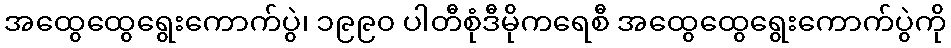
အထွေထွေရွေးကောက်ပွဲ၊ ၁၉၉၀ ပါတီစုံဒီမိုကရေစီ အထွေထွေရွေးကောက်ပွဲကို